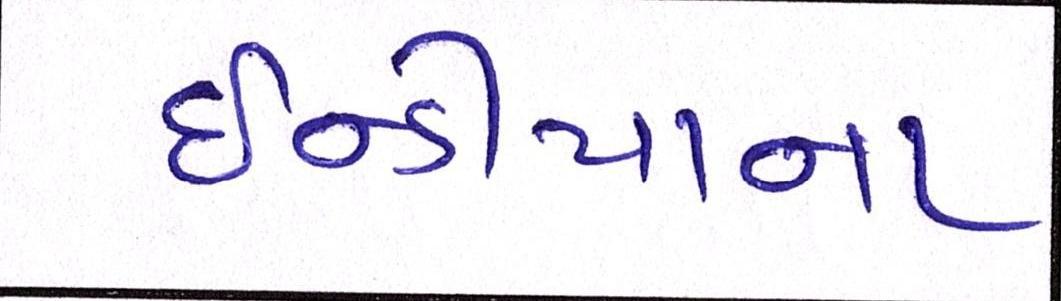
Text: ઇન્ડીયાના